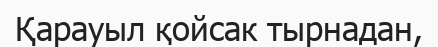
Қарауыл қойсак тырнадан,